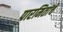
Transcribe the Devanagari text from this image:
पारमितांचे